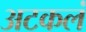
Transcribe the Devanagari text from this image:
अटकलं